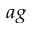
^ { a g }